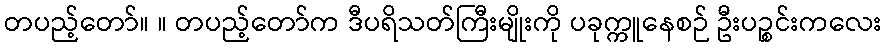
တပည့်တော်။ ။ တပည့်တော်က ဒီပရိသတ်ကြီးမျိုးကို ပခုက္ကူနေစဉ် ဦးပဉ္စင်းကလေး